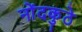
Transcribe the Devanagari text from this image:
नोंदकुठे